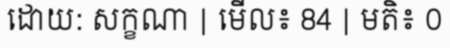
ដោយ: សក្ខណា | មើល៖ 84 | មតិ៖ 0